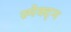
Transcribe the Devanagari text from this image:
स्पेक्ट्म